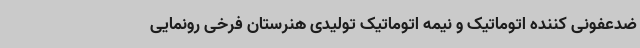
ضدعفونی کننده اتوماتیک و نیمه اتوماتیک تولیدی هنرستان فرخی رونمایی